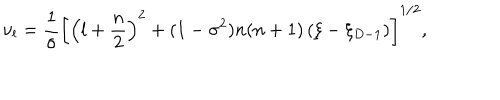
LaTeX: \nu _ { l } = \frac { 1 } { \sigma } \left[ \left( l + \frac { n } { 2 } \right) ^ { 2 } + ( 1 - \sigma ^ { 2 } ) n ( n + 1 ) \left( \xi - \xi _ { D - 1 } \right) \right] ^ { 1 / 2 } ,